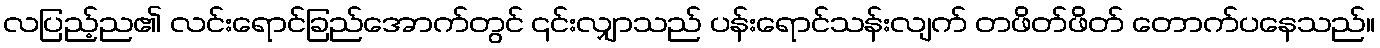
လပြည့်ည၏ လင်းရောင်ခြည်အောက်တွင် ၎င်းလျှာသည် ပန်းရောင်သန်းလျက် တဖိတ်ဖိတ် တောက်ပနေသည်။